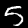
Digit: 5